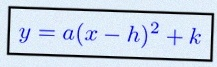
y=a(x-h)^2+k